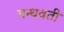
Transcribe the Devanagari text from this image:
गन्धवती